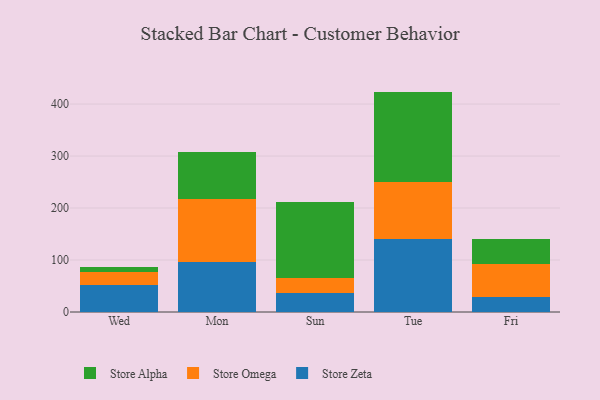
{"axis": {"x": "Day", "y": "Market Share (%)"}, "legend": ["Store Alpha", "Store Omega", "Store Zeta"], "data": [{"x": "Wed", "y": 51.0, "type": "Store Zeta"}, {"x": "Wed", "y": 25.5, "type": "Store Omega"}, {"x": "Wed", "y": 10.0, "type": "Store Alpha"}, {"x": "Mon", "y": 95.3, "type": "Store Zeta"}, {"x": "Mon", "y": 122.1, "type": "Store Omega"}, {"x": "Mon", "y": 90.5, "type": "Store Alpha"}, {"x": "Sun", "y": 36.8, "type": "Store Zeta"}, {"x": "Sun", "y": 29.3, "type": "Store Omega"}, {"x": "Sun", "y": 144.8, "type": "Store Alpha"}, {"x": "Tue", "y": 140.6, "type": "Store Zeta"}, {"x": "Tue", "y": 110.2, "type": "Store Omega"}, {"x": "Tue", "y": 173.1, "type": "Store Alpha"}, {"x": "Fri", "y": 29.2, "type": "Store Zeta"}, {"x": "Fri", "y": 63.3, "type": "Store Omega"}, {"x": "Fri", "y": 47.8, "type": "Store Alpha"}]}